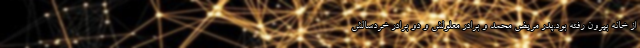
از خانه بیرون رفته بود.پدر مریض محمد و برادر معلولش و دو برادر خردسالش